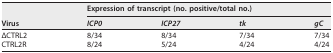
<table><thead><tr><td rowspan="2"><b>Virus</b></td><td colspan="4"><b>Expression of transcript (no. positive/total no.)</b></td></tr><tr><td><b><i>ICP0</i></b></td><td><b><i>ICP27</i></b></td><td><b><i>tk</i></b></td><td><b><i>gC</i></b></td></tr></thead><tbody><tr><td>ΔCTRL2</td><td>8/34</td><td>8/34</td><td>7/34</td><td>7/34</td></tr><tr><td>CTRL2R</td><td>8/24</td><td>5/24</td><td>4/24</td><td>4/24</td></tr></tbody></table>